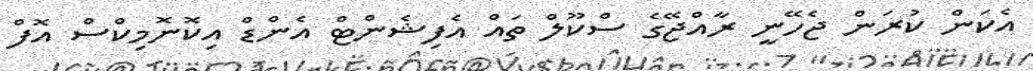
އެކަން ކުރަން ޖެހޭނީ ރާއްޖޭގެ ސްކޫލް ތައް އެފިޝެންޓް އެންޑް އިކޮނޮމިކްސް އޮފް